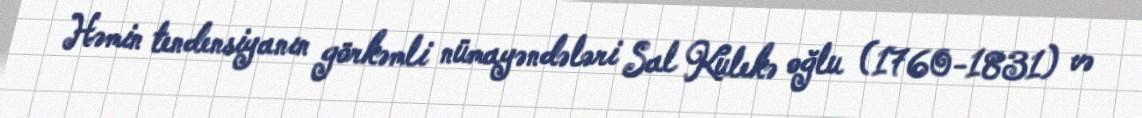
Həmin tendensiyanın görkəmli nümayəndələri Sal Kulekə oğlu (1760-1831) və